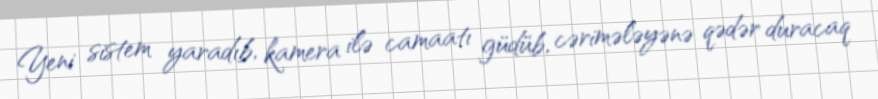
Yeni sistem yaradıb, kamera ilə camaatı güdüb, cərimələyənə qədər duracaq